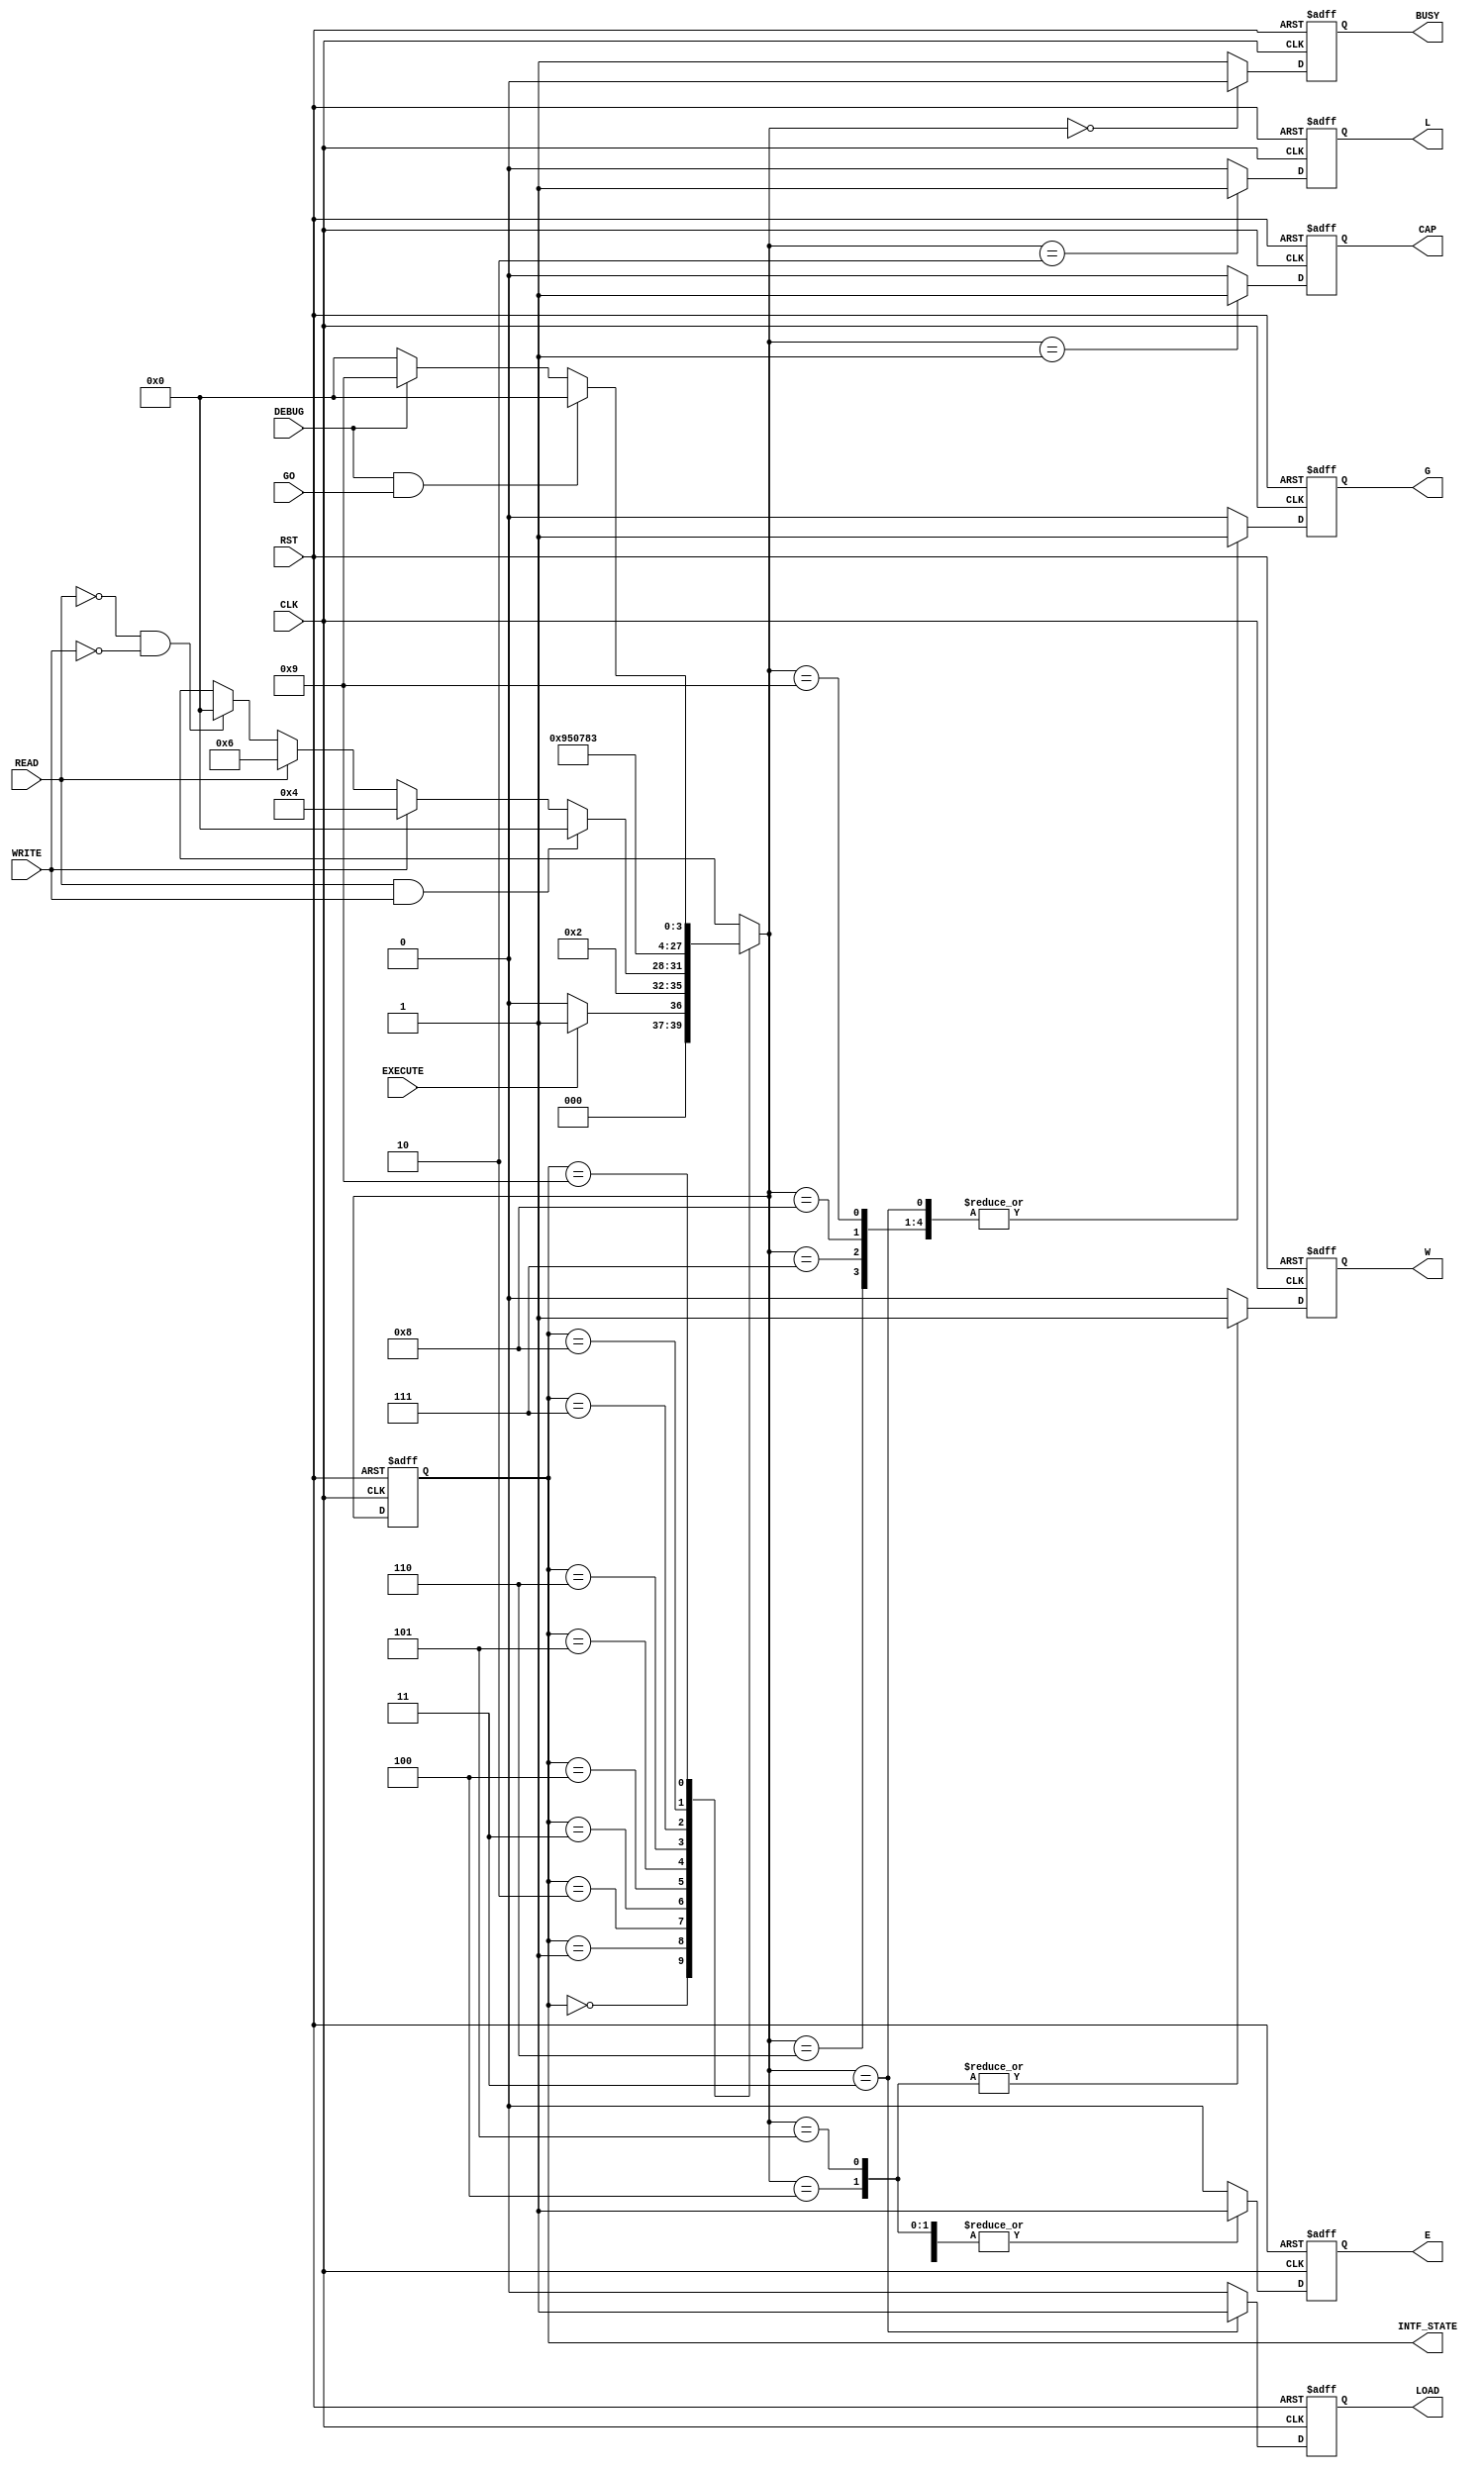

// Created by fizzim.pl version 4.41 on 2014:01:06 at 11:37:01 (www.fizzim.com)

module BPI_intrf_debug_FSM (
  output reg BUSY,
  output reg CAP,
  output reg E,
  output reg G,
  output reg L,
  output reg LOAD,
  output reg W,
  output wire [3:0] INTF_STATE,
  input CLK,
  input DEBUG,
  input EXECUTE,
  input GO,
  input READ,
  input RST,
  input WRITE 
);
  
  // state bits
  parameter 
  Standby    = 4'b0000, 
  Capture    = 4'b0001, 
  Latch_Addr = 4'b0010, 
  Load       = 4'b0011, 
  WE1        = 4'b0100, 
  WE2        = 4'b0101, 
  Wait1      = 4'b0110, 
  Wait2      = 4'b0111, 
  Wait3      = 4'b1000, 
  Wait4      = 4'b1001; 
  
  reg [3:0] state;
  assign INTF_STATE = state;
  reg [3:0] nextstate;
  
  // comb always block
  always @* begin
    nextstate = 4'bxxxx; // default to x because default_state_is_x is set
    case (state)
      Standby   : if      (EXECUTE)          nextstate = Capture;
                  else                       nextstate = Standby;
      Capture   :                            nextstate = Latch_Addr;
      Latch_Addr: if      (READ && WRITE)    nextstate = Standby;
                  else if (WRITE)            nextstate = WE1;
                  else if (READ)             nextstate = Wait1;
                  else if (!READ && !WRITE)  nextstate = Standby;
      Load      :                            nextstate = Wait4;
      WE1       :                            nextstate = WE2;
      WE2       :                            nextstate = Standby;
      Wait1     :                            nextstate = Wait2;
      Wait2     :                            nextstate = Wait3;
      Wait3     :                            nextstate = Load;
      Wait4     : if      (DEBUG && GO)      nextstate = Standby;
                  else if (!DEBUG)           nextstate = Standby;
                  else                       nextstate = Wait4;
    endcase
  end
  
  // Assign reg'd outputs to state bits
  
  // sequential always block
  always @(posedge CLK or posedge RST) begin
    if (RST)
      state <= Standby;
    else
      state <= nextstate;
  end
  
  // datapath sequential always block
  always @(posedge CLK or posedge RST) begin
    if (RST) begin
      BUSY <= 0;
      CAP <= 0;
      E <= 0;
      G <= 0;
      L <= 0;
      LOAD <= 0;
      W <= 0;
    end
    else begin
      BUSY <= 1; // default
      CAP <= 0; // default
      E <= 0; // default
      G <= 0; // default
      L <= 0; // default
      LOAD <= 0; // default
      W <= 0; // default
      case (nextstate)
        Standby   :        BUSY <= 0;
        Capture   :        CAP <= 1;
        Latch_Addr: begin
                           E <= 1;
                           L <= 1;
        end
        Load      : begin
                           E <= 1;
                           G <= 1;
                           LOAD <= 1;
        end
        WE1       : begin
                           E <= 1;
                           W <= 1;
        end
        WE2       : begin
                           E <= 1;
                           W <= 1;
        end
        Wait1     : begin
                           E <= 1;
                           G <= 1;
        end
        Wait2     : begin
                           E <= 1;
                           G <= 1;
        end
        Wait3     : begin
                           E <= 1;
                           G <= 1;
        end
        Wait4     : begin
                           E <= 1;
                           G <= 1;
        end
      endcase
    end
  end
  
  // This code allows you to see state names in simulation
  `ifndef SYNTHESIS
  reg [79:0] statename;
  always @* begin
    case (state)
      Standby   : statename = "Standby";
      Capture   : statename = "Capture";
      Latch_Addr: statename = "Latch_Addr";
      Load      : statename = "Load";
      WE1       : statename = "WE1";
      WE2       : statename = "WE2";
      Wait1     : statename = "Wait1";
      Wait2     : statename = "Wait2";
      Wait3     : statename = "Wait3";
      Wait4     : statename = "Wait4";
      default   : statename = "XXXXXXXXXX";
    endcase
  end
  `endif

endmodule